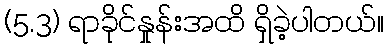
(5.3) ရာခိုင်နှုန်းအထိ ရှိခဲ့ပါတယ်။